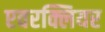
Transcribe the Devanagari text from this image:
एवरक्लियर